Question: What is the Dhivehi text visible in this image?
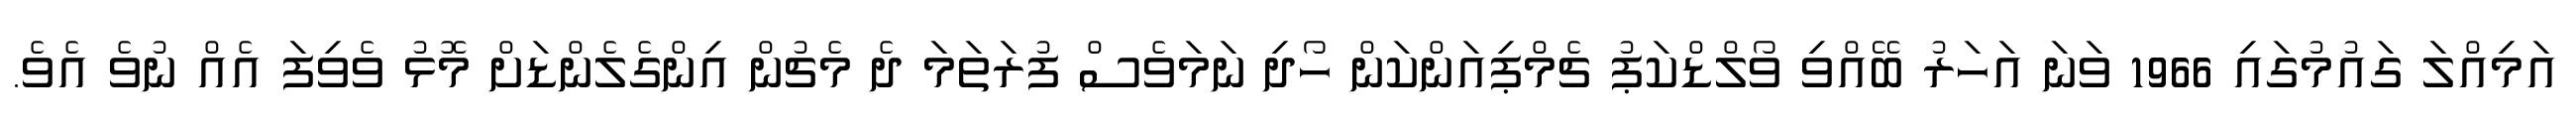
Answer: އަމިއްލަ ގައުމުގައި 1966 ވަނަ އަހަރު ބޭއްވި ވޯލްޑްކަޕު ޗެމްޕިއަންކަން ހޯދި ނަމަވެސް ފުރަތަމަ ދެ މެޗުން އިންގެލެންޑަށް މޮޅު ވެވިފަ އެއް ނުވެ އެވެ.